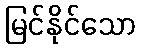
မြင်နိုင်သော